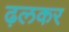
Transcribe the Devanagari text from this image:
ढ़लकर